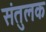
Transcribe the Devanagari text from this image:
संतुलक